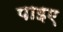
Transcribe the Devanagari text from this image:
पाइए